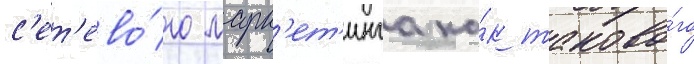
с'ет'ево́го марк'ет'инга ка́к таково́го